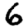
Digit: 6